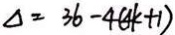
\Delta = 3 6 - 4 ( 4 k + 1 )